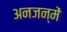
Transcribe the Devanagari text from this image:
अनजन्में